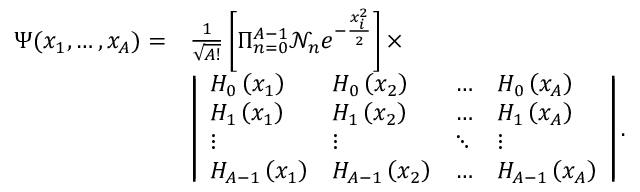
\begin{array} { r l } { \Psi ( x _ { 1 } , \ldots , x _ { A } ) = } & { \frac { 1 } { \sqrt { A ! } } \left[ \Pi _ { n = 0 } ^ { A - 1 } \mathcal { N } _ { n } e ^ { - \frac { x _ { i } ^ { 2 } } { 2 } } \right] \times } \\ & { \left| \begin{array} { l l l l } { H _ { 0 } \left( x _ { 1 } \right) } & { H _ { 0 } \left( x _ { 2 } \right) } & { \ldots } & { H _ { 0 } \left( x _ { A } \right) } \\ { H _ { 1 } \left( x _ { 1 } \right) } & { H _ { 1 } \left( x _ { 2 } \right) } & { \ldots } & { H _ { 1 } \left( x _ { A } \right) } \\ { \vdots } & { \vdots } & { \ddots } & { \vdots } \\ { H _ { A - 1 } \left( x _ { 1 } \right) } & { H _ { A - 1 } \left( x _ { 2 } \right) } & { \ldots } & { H _ { A - 1 } \left( x _ { A } \right) } \end{array} \right| . } \end{array}